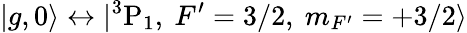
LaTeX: |{g},0\rangle\leftrightarrow|{}^{3}\mathrm{P}_{1},~F^{\prime}=3/2,~m_{F^{\prime}}=+3/2\rangle